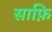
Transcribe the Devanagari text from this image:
साफ़ि